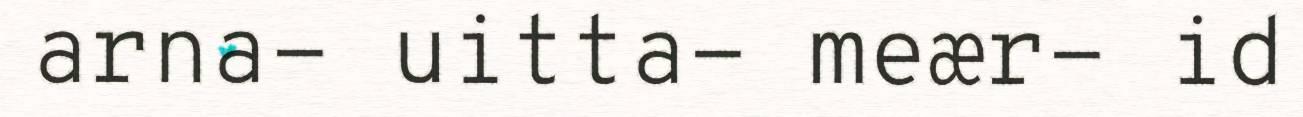
arna- uitta- meær- id